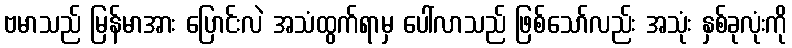
ဗမာသည် မြန်မာအား ပြောင်းလဲ အသံထွက်ရာမှ ပေါ်လာသည် ဖြစ်သော်လည်း အသုံး နှစ်ခုလုံးကို